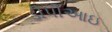
ડીપીઆઇ